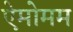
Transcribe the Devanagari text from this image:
ऐमोमम